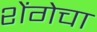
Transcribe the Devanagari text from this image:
शेंगेचा